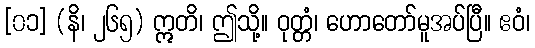
[၀၁] (နိ၊ ၂၆၅) ဣတိ၊ ဤသို့။ ဝုတ္တံ၊ ဟောတော်မူအပ်ပြီ။ ဧဝံ၊